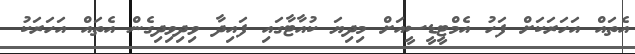
އެތައް އަހަރަކަށް ފަހު އެމްޓީޑީސީއަށް މިދިޔަ ކުއާޓާގައި ފައިދާ ވިދިވިދިގެން އެތައް އަހަރަކު